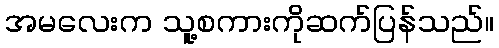
အမလေးက သူ့စကားကိုဆက်ပြန်သည်။